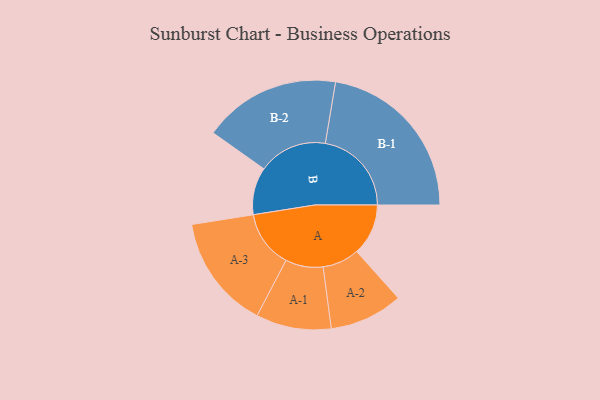
{"axis": {"x": "Segment", "y": "Value"}, "legend": ["", "A", "B"], "data": [{"x": "A", "y": 174, "type": ""}, {"x": "B", "y": 160, "type": ""}, {"x": "A-1", "y": 127, "type": "A"}, {"x": "A-2", "y": 124, "type": "A"}, {"x": "A-3", "y": 193, "type": "A"}, {"x": "B-1", "y": 291, "type": "B"}, {"x": "B-2", "y": 232, "type": "B"}]}